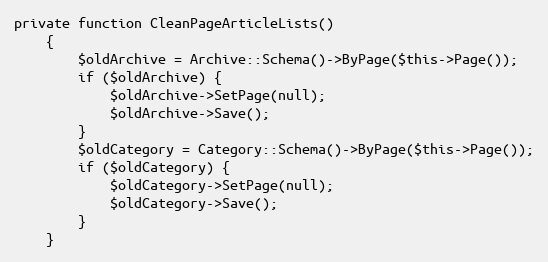
Language: PHP
private function CleanPageArticleLists()
    {
        $oldArchive = Archive::Schema()->ByPage($this->Page());
        if ($oldArchive) {
            $oldArchive->SetPage(null);
            $oldArchive->Save();
        }
        $oldCategory = Category::Schema()->ByPage($this->Page());
        if ($oldCategory) {
            $oldCategory->SetPage(null);
            $oldCategory->Save();
        }
    }